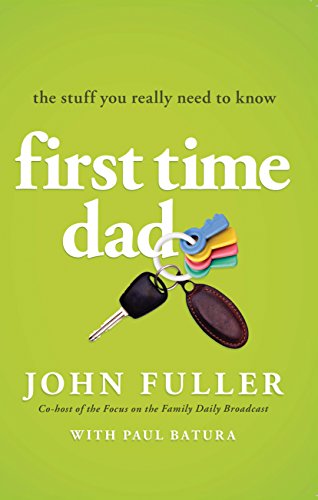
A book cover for First Time Dad: The Stuff You Really Need to Know; John Fuller; Parenting & Relationships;